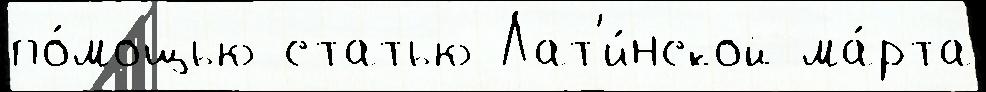
по́мощью статью Лат'и́нской ма́рта